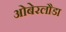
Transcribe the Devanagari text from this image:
ओबेरलौडा